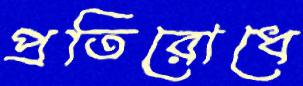
প্রতিরোধে